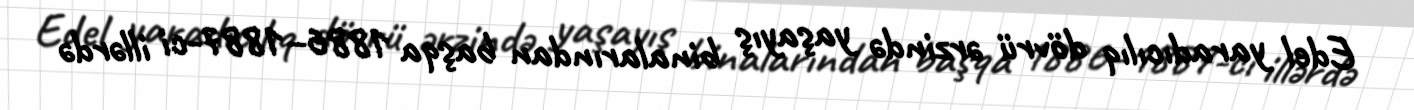
Edel yaradıcılıq dövrü ərzində yaşayış binalarından başqa 1886–1887-ci illərdə